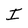
Character: I